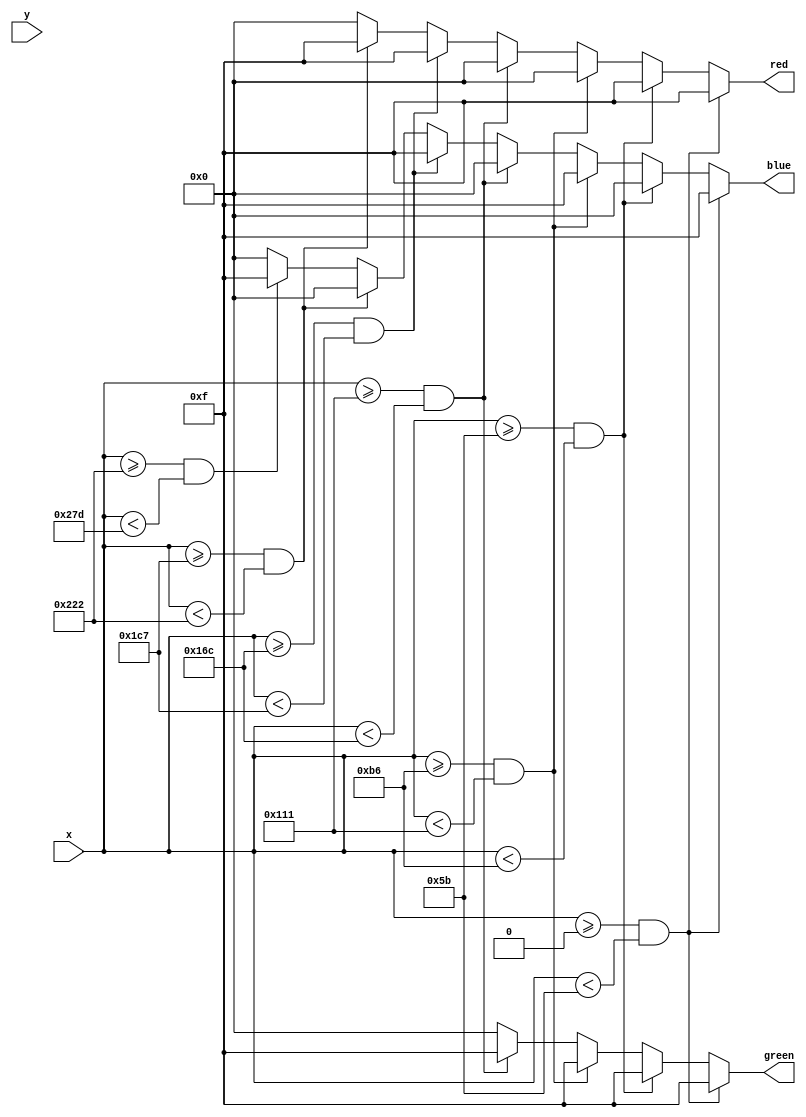
module tvPattern(
input [9:0] x,
input [9:0] y,
output reg [3:0] red,
output reg [3:0] green,
output reg [3:0] blue);

always @(x||y)
begin
if(x>=0 && x<91*1) // White
	begin
		red <= 4'hF;
		green <= 4'hF;
		blue <= 4'hF;
	end
	else if(x>=91*1 && x<91*2) // Yellow
	begin
		red <= 4'hF;
		blue <=  0;
		green <= 4'hF;
	end
	else if(x>=91*2 && x<91*3) // Cyan
	begin
		red <= 0;
		blue <=  4'hF;
		green <= 4'hF;
	end
	else if(x>=91*3 && x<91*4) // Green
	begin
		red <= 0;
		blue <=  0;
		green <= 4'hF;
	end
	else if(x>=91*4 && x<91*5) // Magenta
	begin
		red <= 4'hF;
		blue <=  4'hF;
		green <= 0;
	end
	else if(x>=91*5 && x<91*6) // Red
	begin
		red <= 4'hF;
		blue <= 0;
		green <= 0;
	end
	else if(x>=91*6 && x<91*7) // Blue
	begin
		red <= 0;
		blue <= 4'hF;
		green <= 0;
	end
	else 
	begin
		red <= 0;
		green <= 0;
		blue <= 0;
	end

end



endmodule